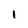
Character: i